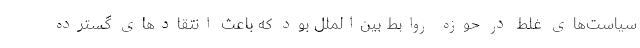
سیاست­‌های غلط در حوزه روابط بین­‌الملل بود که باعث انتقادهای گسترده